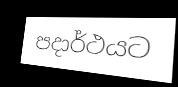
පදාර්ථයට